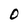
Character: 0